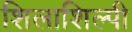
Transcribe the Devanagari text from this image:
शिलाशिल्पी